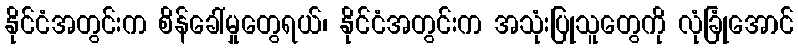
နိုင်ငံအတွင်းက စိန်ခေါ်မှုတွေရယ်၊ နိုင်ငံအတွင်းက အသုံးပြုသူတွေကို လုံခြုံအောင်